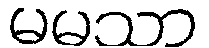
မမသာ